Indian journal of veterinary science and animal husbandry - Volumes 18-21, 1948-1951
Year: 1948
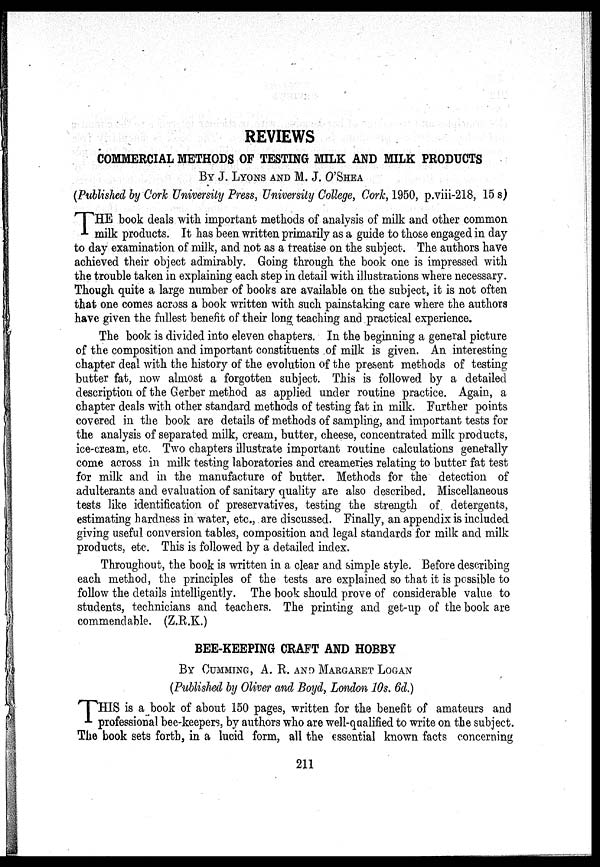
REVIEWS
COMMERCIAL METHODS OF TESTING MILK AND MILK PRODUCTS
BY J. LYONS AND M. J. O'SHEA
(Published by Cork University Press, University College, Cork, 1950, p.viii-218, 15 s)
T HE book deals with important methods of analysis of milk and other common
milk products. It has been written primarily as a guide to those engaged in day
to day examination of milk, and not as a treatise on the subject. The authors have
achieved their object admirably. Going through the book one is impressed with
the trouble taken in explaining each step in detail with illustrations where necessary.
Though quite a large number of books are available on the subject, it is not often
that one comes across a book written with such painstaking care where the authors
have given the fullest benefit of their long teaching and practical experience.
The book is divided into eleven chapters. In the beginning a general picture
of the composition and important constituents of milk is given. An interesting
chapter deal with the history of the evolution of the present methods of testing
butter fat, now almost a forgotten subject. This is followed by a detailed
description of the Gerber method as applied under routine practice. Again, a
chapter deals with other standard methods of testing fat in milk. Further points
covered in the book are details of methods of sampling, and important tests for
the analysis of separated milk, cream, butter, cheese, concentrated milk products,
ice-cream, etc. Two chapters illustrate important routine calculations generally
come across in milk testing laboratories and creameries relating to butter fat test
for milk and in the manufacture of butter. Methods for the detection of
adulterants and evaluation of sanitary quality are also described. Miscellaneous
tests like identification of preservatives, testing the strength of detergents,
estimating hardness in water, etc., are discussed. Finally, an appendix is included
giving useful conversion tables, composition and legal standards for milk and milk
products, etc. This is followed by a detailed index.
Throughout, the book is written in a clear and simple style. Before describing
each method, the principles of the tests are explained so that it is possible to
follow the details intelligently. The book should prove of considerable value to
students, technicians and teachers. The printing and get-up of the book are
commendable. (Z.R.K.)
BEE-KEEPING CRAFT AND HOBBY
BY CUMMING, A. R. AND MARGARET LOGAN
(Published by Oliver and Boyd, London 10s. 6d.)
THIS is a book of about 150 pages, written for the benefit of amateurs and
professional bee-keepers, by authors who are well-qualified to write on the subject.
The book sets forth, in a lucid form, all the essential known facts concerning
211